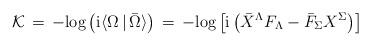
LaTeX: \begin{align*}{\cal K}\, = \, -\mbox{log}\left ({\rm i}\langle \Omega \, \vert \, \bar \Omega\rangle \right )\,=\, -\mbox{log}\left [ {\rm i} \left ({\bar X}^\Lambda F_\Lambda -{\bar F}_\Sigma X^\Sigma \right ) \right ]\end{align*}